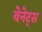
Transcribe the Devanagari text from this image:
बेनेट्स